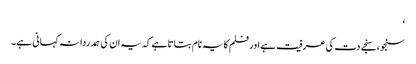
‘
سنجو، سنجے دت کی عرفیت ہے اور فلم کا یہ نام بتاتا ہے کہ یہ ان کی ہمدردانہ کہانی ہے۔